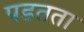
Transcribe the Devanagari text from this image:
पडतता